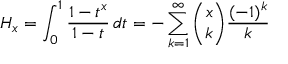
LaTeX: H _ { x } = \int _ { 0 } ^ { 1 } { \frac { 1 - t ^ { x } } { 1 - t } } \, d t = - \sum _ { k = 1 } ^ { \infty } { \binom { x } { k } } { \frac { ( - 1 ) ^ { k } } { k } }